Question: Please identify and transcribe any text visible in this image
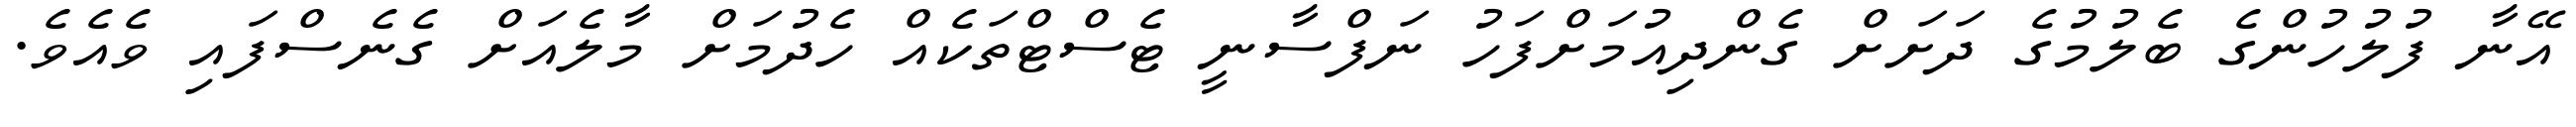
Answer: އޭނާ ފުލުހުންގެ ބެލުމުގެ ދަށަށް ގެންދިއުމަށްފަހު ނަފްސާނީ ޓެސްޓްތަކެއް ހެދުމަށް މާލެއަށް ގެނެސްފައި ވެއެވެ.